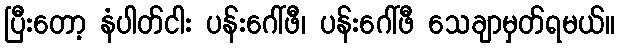
ပြီးတော့ နံပါတ်ငါး ပန်းဂေါ်ဖီ၊ ပန်းဂေါ်ဖီ သေချာမှတ်ရမယ်။